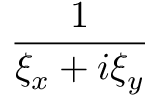
\frac { 1 } { \xi _ { x } + i \xi _ { y } }